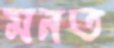
মনত